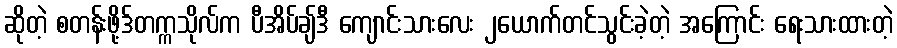
ဆိုတဲ့ စတန်းဖို့ဒ်တက္ကသိုလ်က ပီအိပ်ချ်ဒီ ကျောင်းသားလေး ၂ယောက်တင်သွင်းခဲ့တဲ့ အကြောင်း ရေးသားထားတဲ့